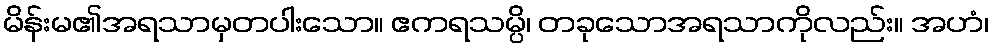
မိန်းမ၏အရသာမှတပါးသော။ ဧကရသမ္ပိ၊ တခုသောအရသာကိုလည်း။ အဟံ၊